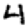
Digit: 4